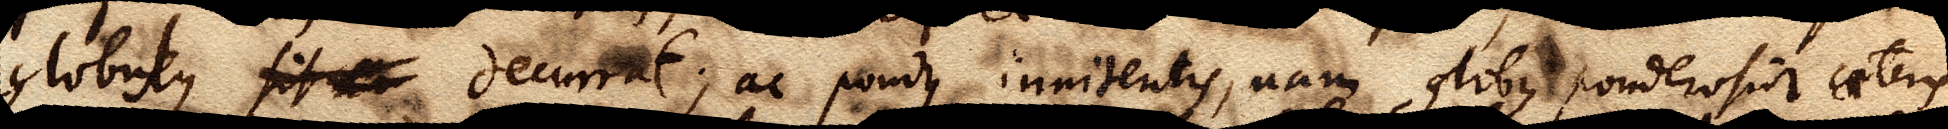
globulus sitac decurrat ; ac pondus innitentis, nam globus ponderosior caeteris